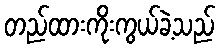
တည်ထားကိုးကွယ်ခဲ့သည်